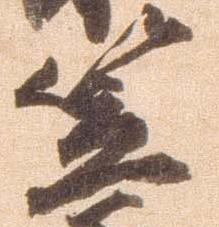
笠